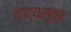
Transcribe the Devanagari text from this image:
नाट्यसूत्र